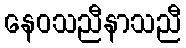
နေဝသညီနာသညီ